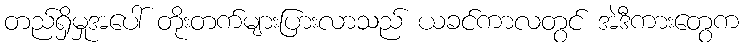
တည်ရှိမှုအပေါ် တိုးတက်များပြားလာသည် ယခင်ကာလတွင် အဲဒီကားတွေက